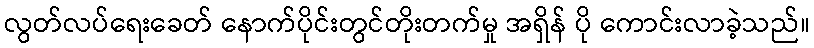
လွတ်လပ်ရေးခေတ် နောက်ပိုင်းတွင်တိုးတက်မှု အရှိန် ပို ကောင်းလာခဲ့သည်။